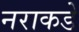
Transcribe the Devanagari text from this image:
नराकडे